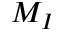
M _ { I }